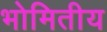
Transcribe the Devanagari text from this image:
भोमितीय